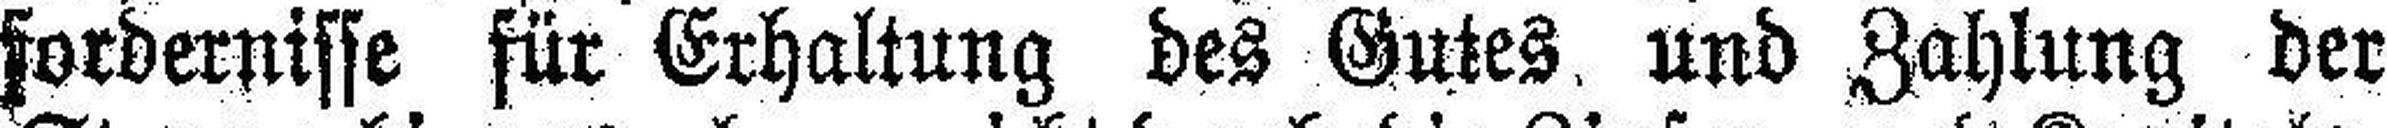
fordernisse für Erhaltung des Gutes, und Zahlung der